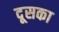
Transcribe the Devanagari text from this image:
दूसका